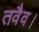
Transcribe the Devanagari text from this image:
तवैव।